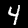
Label: 4